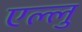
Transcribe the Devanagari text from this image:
एल्लु